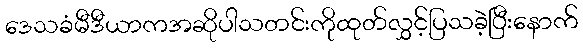
ဒေသခံမီဒီယာကအဆိုပါသတင်းကိုထုတ်လွှင့်ပြသခဲ့ပြီးနောက်